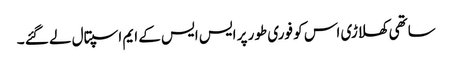
ساتھی کھلاڑی اس کو فوری طور پر ایس ایس کے ایم اسپتال لے گئے ۔